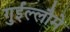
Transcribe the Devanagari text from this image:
गुईल्लौमे